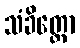
သံခိတ္တော